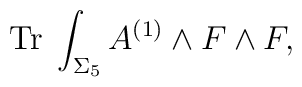
{\rm Tr}\;\int_{\Sigma_{5}}A^{(1)} \wedge F \wedge F,